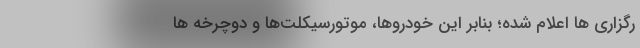
رگزاری ها اعلام شده؛ بنابر این خودروها، موتورسیکلت‌ها و دوچرخه ها